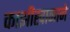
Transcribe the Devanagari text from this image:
काझीखानाने